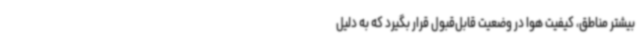
بیشتر مناطق، کیفیت هوا در وضعیت قابل‌قبول قرار بگیرد که به‌ دلیل